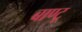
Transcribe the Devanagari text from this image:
बाण्टू